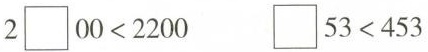
$$2\square 00<2200$$ $$\square 53<453$$